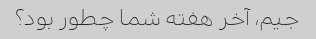
جیم، آخر هفته شما چطور بود؟